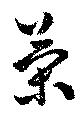
策